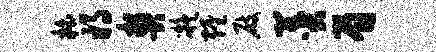
柏将契凝缠屐羹眉